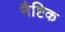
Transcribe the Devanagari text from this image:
नैष्टिक